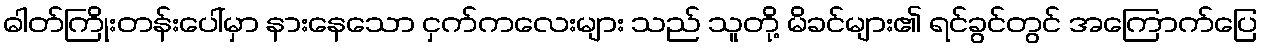
ဓါတ်ကြိုးတန်းပေါ်မှာ နားနေသော ငှက်ကလေးများ သည် သူတို့ မိခင်များ၏ ရင်ခွင်တွင် အကြောက်ပြေ